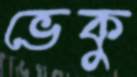
ভেকু